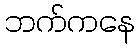
ဘက်ကနေ